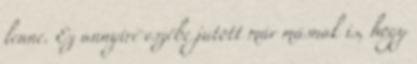
lenne. Ez annyire eszébe jutott már másnak is, hogy